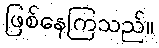
ဖြစ်နေကြသည်။